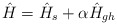
\begin{align*}\hat H=\hat H_s+\alpha\hat H_{gh}\end{align*}